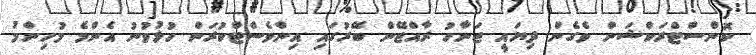
ކޮންސްޓްރަކްޝަން ވެގެން ދިޔައީ ޖަނާހު ރާއްޖޭން ބޭރުގައި އިންވެސްޓްކުރަން ހުޅުވުނު އެންމެ މުހިންމު